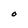
Character: O